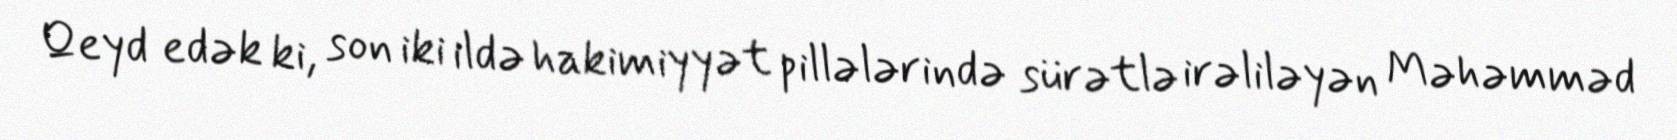
Qeyd edək ki, son iki ildə hakimiyyət pillələrində sürətlə irəliləyən Məhəmməd